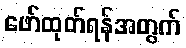
ဖော်ထုတ်ရန်အတွက်